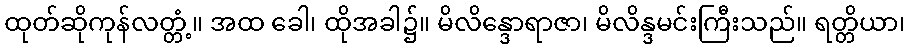
ထုတ်ဆိုကုန်လတ္တံ့။ အထ ခေါ၊ ထိုအခါ၌။ မိလိန္ဒောရာဇာ၊ မိလိန္ဒမင်းကြီးသည်။ ရတ္တိယာ၊